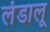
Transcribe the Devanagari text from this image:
लंडालू